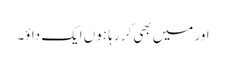
اور میں بھی کر رہا ہوں ایک داؤ۔